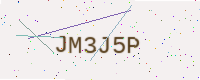
Text: JM3J5P